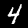
Label: 4